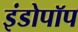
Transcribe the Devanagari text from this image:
इंडोपॉप